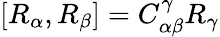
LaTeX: [R_{\alpha},R_{\beta}]=C_{\alpha\beta}^{\gamma}R_{\gamma}